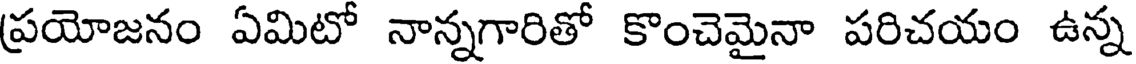
ప్రయోజనం ఏమిటో నాన్నగారితో కొంచెమైనా పరిచయం ఉన్న